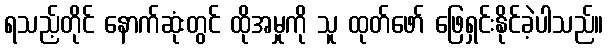
ရသည့်တိုင် နောက်ဆုံးတွင် ထိုအမှုကို သူ ထုတ်ဖော် ဖြေရှင်းနိုင်ခဲ့ပါသည်။